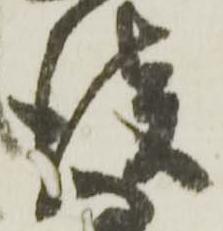
談